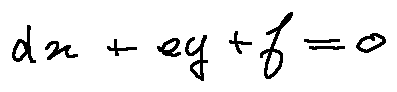
d x + e y + f = 0